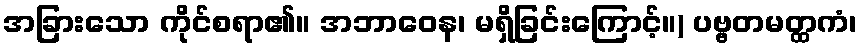
အခြားသော ကိုင်စရာ၏။ အဘာဝေန၊ မရှိခြင်းကြောင့်။) ပဗ္ဗတမတ္ထကံ၊